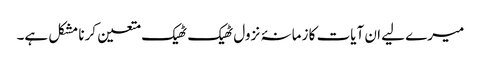
میرے لیے ان آیات کا زمانۂ نزول ٹھیک ٹھیک متعین کرنا مشکل ہے۔